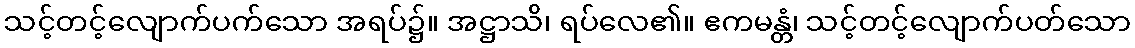
သင့်တင့်လျောက်ပက်သော အရပ်၌။ အဋ္ဌာသိ၊ ရပ်လေ၏။ ဧကမန္တံ၊ သင့်တင့်လျောက်ပတ်သော